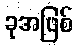
ခုအဖြစ်